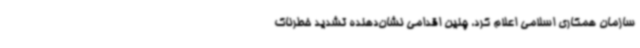
سازمان همکاری اسلامی اعلام کرد، چنین اقدامی نشان‌دهنده تشدید خطرناک